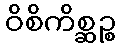
ဝိစိကိစ္ဆဉ္စ